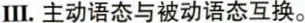
Ⅲ.主动语态与被动语态互换。